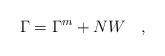
LaTeX: \begin{align*}\Gamma=\Gamma^{\tiny{m}}+NW~~~,\end{align*}